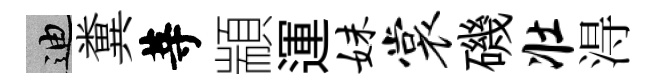
迪糞䓁顓運妹裳磯壮淂